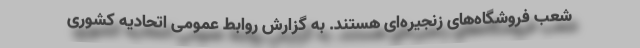
شعب فروشگاه‌های زنجیره‌ای هستند. به گزارش روابط عمومی اتحادیه کشوری